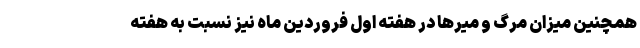
همچنین میزان مرگ و میرها در هفته اول فروردین ماه نیز نسبت به هفته